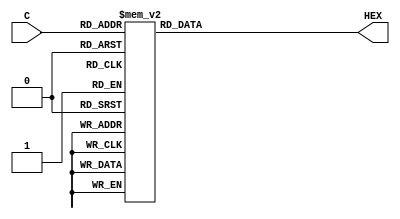
/**
  * @file 		PART5.v
  * @brief		lab3 PART5
  * @author		Fu Zhengnan
  * @date		 11.20
  * @copyright    Fu Zhengnan. All rights reserved.
  */
  
 /**
  * @brief  Drive digital tube.
  * @param  NULL.
  * @note   null.
  * @retval OUTput is the IOs of decoder.
 */

module decoder_TEST
				(input[3:0] C,
				output reg[6:0] HEX);	
	always @(C)
	begin
		case(C)
		4'b0000 : HEX = 7'b1000000;
		4'b0001 : HEX = 7'b1001111;
		4'b0010 : HEX = 7'b0100100;
		4'b0011 : HEX = 7'b0110000;
		4'b0100 : HEX = 7'b0011001;
		4'b0101 : HEX = 7'b0010010;
		4'b0110 : HEX = 7'b0000010;
		4'b0111 : HEX = 7'b1111000;
		4'b1000 : HEX = 7'b0000000;
		4'b1001 : HEX = 7'b0011000;
		4'b1010 : HEX = 7'b1111110;
		4'b1011 : HEX = 7'b1111101;
		4'b1100 : HEX = 7'b1111011;
		4'b1101 : HEX = 7'b1110111;
		4'b1110 : HEX = 7'b1101111;
		4'b1111 : HEX = 7'b1011111;	
		default: HEX = 7'b1111111;
		endcase
	end
endmodule

/**
  * @brief  D flip-flop.
  * @param  NULL.
  * @note 	NULL.
  * @retval The output is the D of D flip-flop.
  */

module D_trigger_test
				(input Clk,R,D,
				 output reg Q);
	always @(posedge Clk or negedge R)
	begin
		if(!R) Q<=1'b0;
		else Q<=D;
	end
endmodule
/**
  * @brief  Enter 16 signals and latch.
  * @param  NULL.
  * @note   NULL.
  * @retval output is the latch signals.
  */

module D_trigger_HEX
				(input Clk,R,
				 input [15:0] D,
				 output [15:0]Q);
	D_trigger_test m1 (Clk,R,D[0],Q[0]);
	D_trigger_test m2 (Clk,R,D[1],Q[1]);
	D_trigger_test m3 (Clk,R,D[2],Q[2]);
	D_trigger_test m4 (Clk,R,D[3],Q[3]);
	D_trigger_test m5 (Clk,R,D[4],Q[4]);
	D_trigger_test m6 (Clk,R,D[5],Q[5]);
	D_trigger_test m7 (Clk,R,D[6],Q[6]);
	D_trigger_test m8 (Clk,R,D[7],Q[7]);
	D_trigger_test m9 (Clk,R,D[8],Q[8]);
	D_trigger_test m10 (Clk,R,D[9],Q[9]);
	D_trigger_test m11 (Clk,R,D[10],Q[10]);
	D_trigger_test m12 (Clk,R,D[11],Q[11]);
	D_trigger_test m13 (Clk,R,D[12],Q[12]);
	D_trigger_test m14 (Clk,R,D[13],Q[13]);
	D_trigger_test m15 (Clk,R,D[14],Q[14]);	
	D_trigger_test m16 (Clk,R,D[15],Q[15]);	
endmodule

/**
  * @brief  PART5 .
  * @param  NULL.
  * @note   NULL.
  * @retval .
  */

					 
module PART5
				(input KEY0,KEY1,
				 input [15:0]SW,
				output [6:0] HEX7,HEX6,HEX5,HEX4,HEX3,HEX2,HEX1,HEX0);
wire [15:0] TEMP1,TEMP2;
	D_trigger_HEX n1 (KEY1,KEY0,SW,TEMP1);
	D_trigger_HEX n2 (KEY1,KEY0,TEMP1,TEMP2);
		decoder_TEST m1 (TEMP1[3:0],HEX0);
		decoder_TEST m2 (TEMP1[7:4],HEX1);
		decoder_TEST m3 (TEMP1[11:8],HEX2);
		decoder_TEST m4 (TEMP1[15:12],HEX3);
		decoder_TEST m5 (TEMP2[3:0],HEX4);
		decoder_TEST m6 (TEMP2[7:4],HEX5);			
		decoder_TEST m7 (TEMP2[11:8],HEX6);		
		decoder_TEST m8 (TEMP2[15:12],HEX7);
endmodule